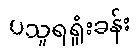
ပသူရရှုံးခန်း